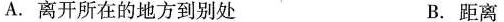
A.离开所在的地方到别处 B.距离